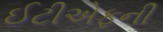
ઈટીએફની